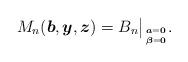
LaTeX: \begin{gather*}M_n({\boldsymbol{b}}, {\boldsymbol{y}},{\boldsymbol{z}})= B_n \big |_{{\boldsymbol{a}}={\bf 0} \atop {\boldsymbol{\beta}} = {\bf 0}}.\end{gather*}